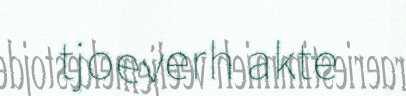
tjoeverh akte